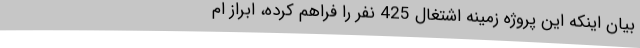
بیان اینکه این پروژه زمینه اشتغال 425 نفر را فراهم کرده، ابراز ام